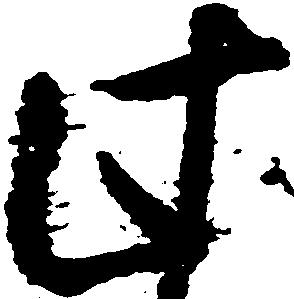
此